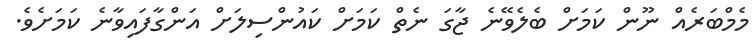
މެމްބަރެއް ނޫން ކަމަށް ބެލެވޭނެ ޖާގަ ނެތް ކަމަށް ކައުންސިލަށް އަންގާފައިވާނެ ކަމަށެވެ.